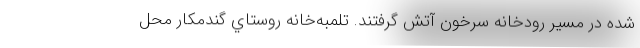
شده در مسير رودخانه سرخون آتش گرفتند. تلمبه‌خانه روستاي گندمكار محل